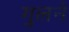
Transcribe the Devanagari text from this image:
गुलने